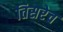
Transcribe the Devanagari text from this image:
तिसरेच